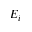
E _ { i }